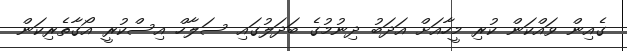
ގެއިން ވައްކަން ކުރި މީހާއަށް އަދަބު ދިނުމުގެ ބަދަލުގައި ސަލާހް އިސްކުރީ އޯގާތެރިކަން